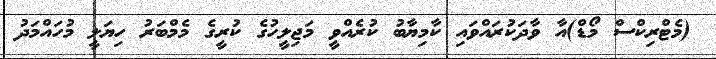
(މެޓްރިކްސް މޯޑް)އާ ވާދަކުރައްވައި ކާމިޔާބު ކުރެއްވީ މަޖިލީހުގެ ކުރީގެ މެމްބަރު ހިޔަލީ މުހައްމަދު